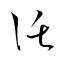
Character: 託